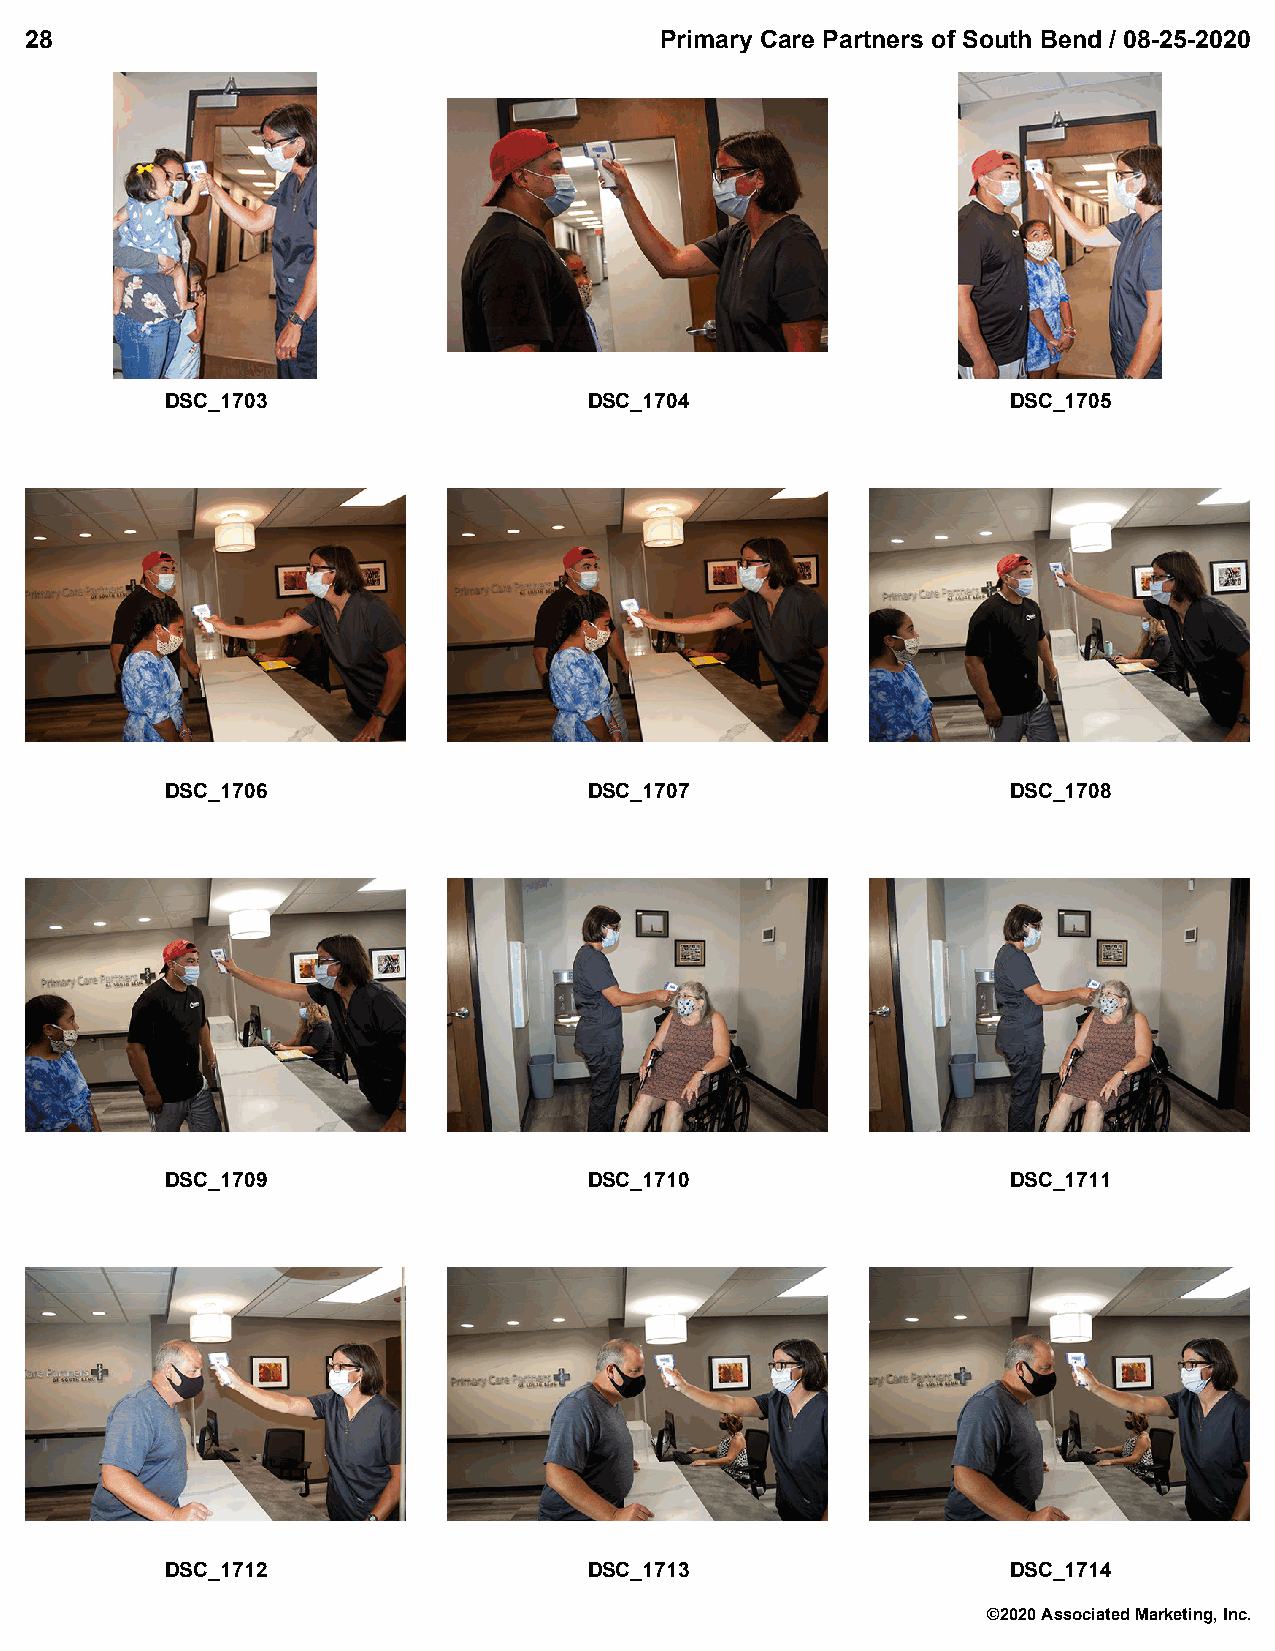
28                                        Primary Care Partners of South Bend / 08-25-2020
 DSC_1703                    DSC_1704                    DSC_1705
 DSC_1706                    DSC_1707                    DSC_1708
 DSC_1709                    DSC_1710                    DSC_1711
 DSC_1712                    DSC_1713                    DSC_1714
 ©2020 Associated Marketing, Inc.